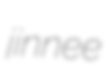
jinnee